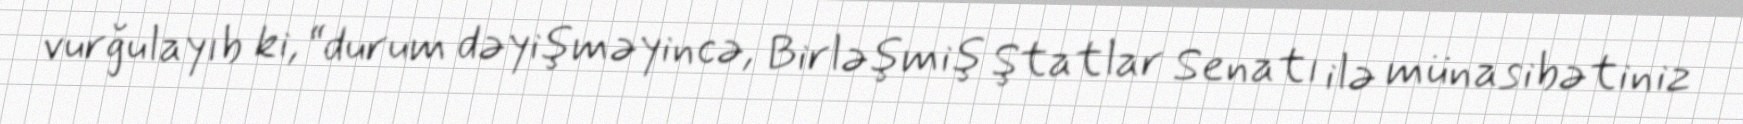
vurğulayıb ki, “durum dəyişməyincə, Birləşmiş Ştatlar Senatı ilə münasibətiniz